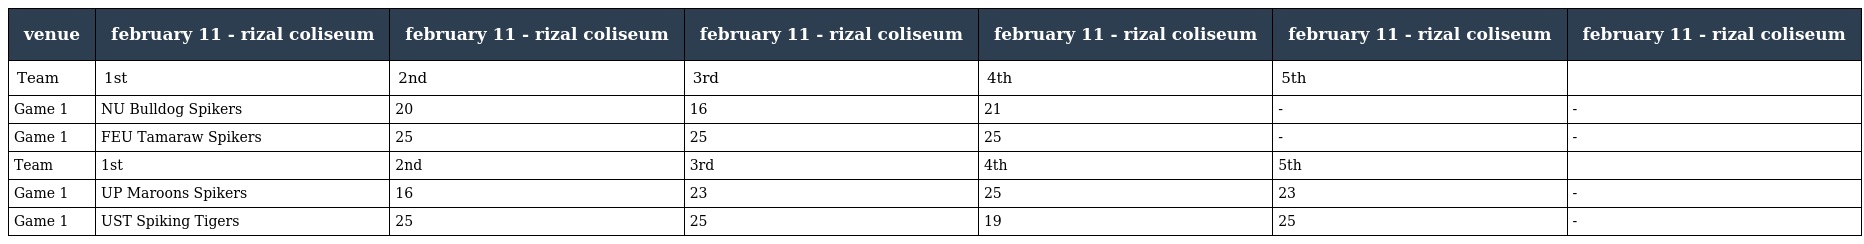
| venue | february 11 - rizal coliseum | february 11 - rizal coliseum | february 11 - rizal coliseum | february 11 - rizal coliseum | february 11 - rizal coliseum | february 11 - rizal coliseum |
 | --- | --- | --- | --- | --- | --- | --- |
 | Team | 1st | 2nd | 3rd | 4th | 5th |  |
 | Game 1 | NU Bulldog Spikers | 20 | 16 | 21 | - | - |
 | Game 1 | FEU Tamaraw Spikers | 25 | 25 | 25 | - | - |
 | Team | 1st | 2nd | 3rd | 4th | 5th |  |
 | Game 1 | UP Maroons Spikers | 16 | 23 | 25 | 23 | - |
 | Game 1 | UST Spiking Tigers | 25 | 25 | 19 | 25 | - |